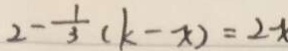
2 - \frac { 1 } { 3 } ( k - x ) = 2 x